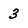
Character: 3